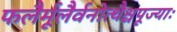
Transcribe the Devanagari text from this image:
फलैर्मूलैर्वनोत्थैश्चपूज्याः